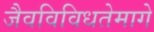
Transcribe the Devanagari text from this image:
जैवविविधतेमागे